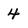
Character: 4